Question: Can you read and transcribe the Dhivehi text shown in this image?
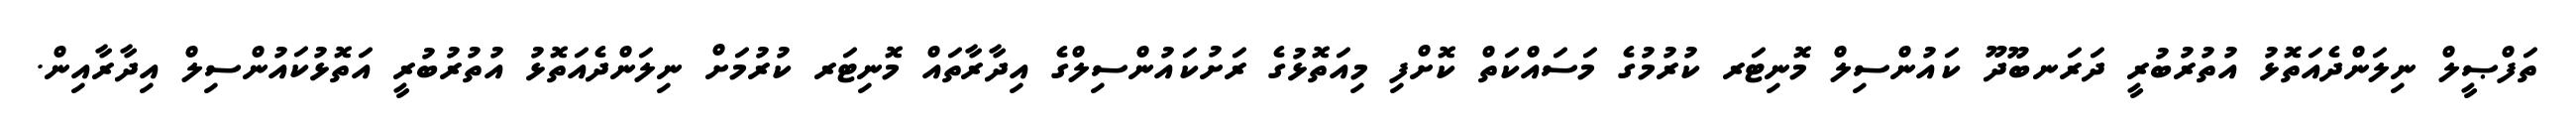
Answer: ތަފްޞީލް ނިލަންދެއަތޮޅު އުތުރުބުރީ ދަރަނބޫދޫ ކައުންސިލް މޮނިޓަރ ކުރުމުގެ މަސައްކަތް ކޮށްފި މިއަތޮޅުގެ ރަށުކައުންސިލްގެ އިދާރާތައް މޮނިޓަރ ކުރުމަށް ނިލަންދެއަތޮޅު އުތުރުބުރީ އަތޮޅުކައުންސިލް އިދާރާއިން.